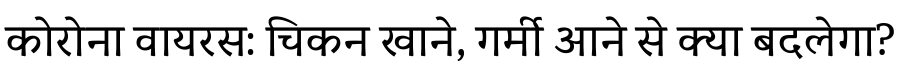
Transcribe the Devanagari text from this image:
कोरोना वायरस: चिकन खाने, गर्मी आने से क्या बदलेगा?